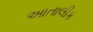
આતાલીક